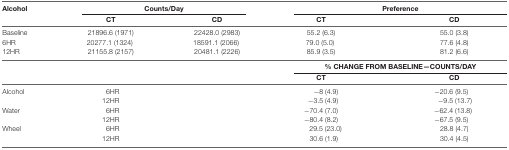
<table><thead><tr><td><b>Alcohol</b></td><td colspan="2"><b>Counts/Day</b></td><td colspan="2"><b>Preference</b></td></tr><tr><td>[EMPTY_CELL]</td><td><b>CT</b></td><td><b>CD</b></td><td><b>CT</b></td><td><b>CD</b></td></tr></thead><tbody><tr><td>Baseline</td><td>21896.6 (1971)</td><td>22428.0 (2983)</td><td>55.2 (6.3)</td><td>55.0 (3.8)</td></tr><tr><td>6HR</td><td>20277.1 (1324)</td><td>18591.1 (2066)</td><td>79.0 (5.0)</td><td>77.6 (4.8)</td></tr><tr><td>12HR</td><td>21155.8 (2157)</td><td>20481.1 (2226)</td><td>85.9 (3.5)</td><td>81.2 (6.6)</td></tr><tr><td colspan="3" rowspan="2">[EMPTY_CELL]</td><td colspan="2">% <b>CHANGE FROM BASELINE—COUNTS/DAY</b></td></tr><tr><td><b>CT</b></td><td><b>CD</b></td></tr><tr><td>Alcohol</td><td>6HR</td><td>[EMPTY_CELL]</td><td>−8 (4.9)</td><td>−20.6 (9.5)</td></tr><tr><td>[EMPTY_CELL]</td><td>12HR</td><td>[EMPTY_CELL]</td><td>−3.5 (4.9)</td><td>−9.5 (13.7)</td></tr><tr><td>Water</td><td>6HR</td><td>[EMPTY_CELL]</td><td>−70.4 (7.0)</td><td>−62.4 (13.8)</td></tr><tr><td>[EMPTY_CELL]</td><td>12HR</td><td>[EMPTY_CELL]</td><td>−80.4 (8.2)</td><td>−67.5 (9.5)</td></tr><tr><td>Wheel</td><td>6HR</td><td>[EMPTY_CELL]</td><td>29.5 (23.0)</td><td>28.8 (4.7)</td></tr><tr><td>[EMPTY_CELL]</td><td>12HR</td><td>[EMPTY_CELL]</td><td>30.6 (1.9)</td><td>30.4 (4.5)</td></tr></tbody></table>